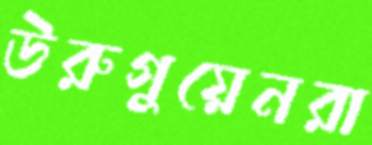
উরুগুয়েনরা